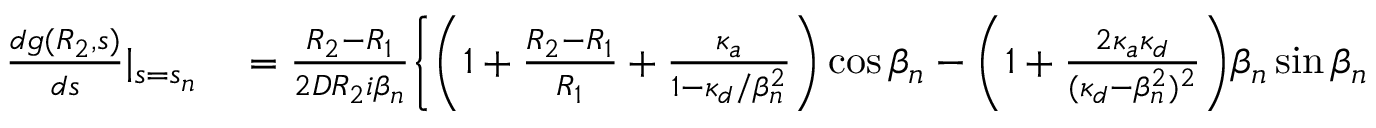
\begin{array} { r l } { \frac { d g ( R _ { 2 } , s ) } { d s } | _ { s = s _ { n } } } & { { } = \frac { R _ { 2 } - R _ { 1 } } { 2 D R _ { 2 } i \beta _ { n } } \biggl \{ \biggl ( 1 + \frac { R _ { 2 } - R _ { 1 } } { R _ { 1 } } + \frac { \kappa _ { a } } { 1 - \kappa _ { d } / \beta _ { n } ^ { 2 } } \biggr ) \cos \beta _ { n } - \biggl ( 1 + \frac { 2 \kappa _ { a } \kappa _ { d } } { ( \kappa _ { d } - \beta _ { n } ^ { 2 } ) ^ { 2 } } \biggr ) \beta _ { n } \sin \beta _ { n } \biggr \} . } \end{array}